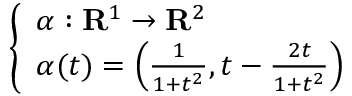
\left\{ \begin{array} { l l } { \alpha : \mathbf { R } ^ { 1 } \to \mathbf { R } ^ { 2 } } \\ { \alpha ( t ) = \left( { \frac { 1 } { 1 + t ^ { 2 } } } , t - { \frac { 2 t } { 1 + t ^ { 2 } } } \right) } \end{array} \right.